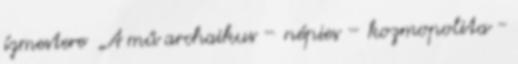
ízmestere „A mű archaikus – népies – kozmopolita -